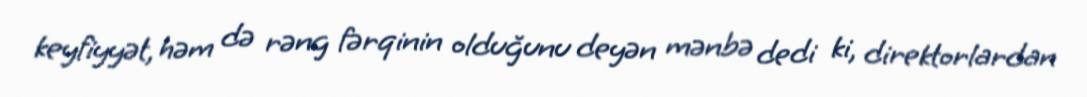
keyfiyyət, həm də rəng fərqinin olduğunu deyən mənbə dedi ki, direktorlardan